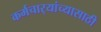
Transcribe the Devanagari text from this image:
कर्मचार्‍यांच्यासाठी